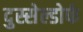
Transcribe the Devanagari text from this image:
दुस्सेल्डोर्फ